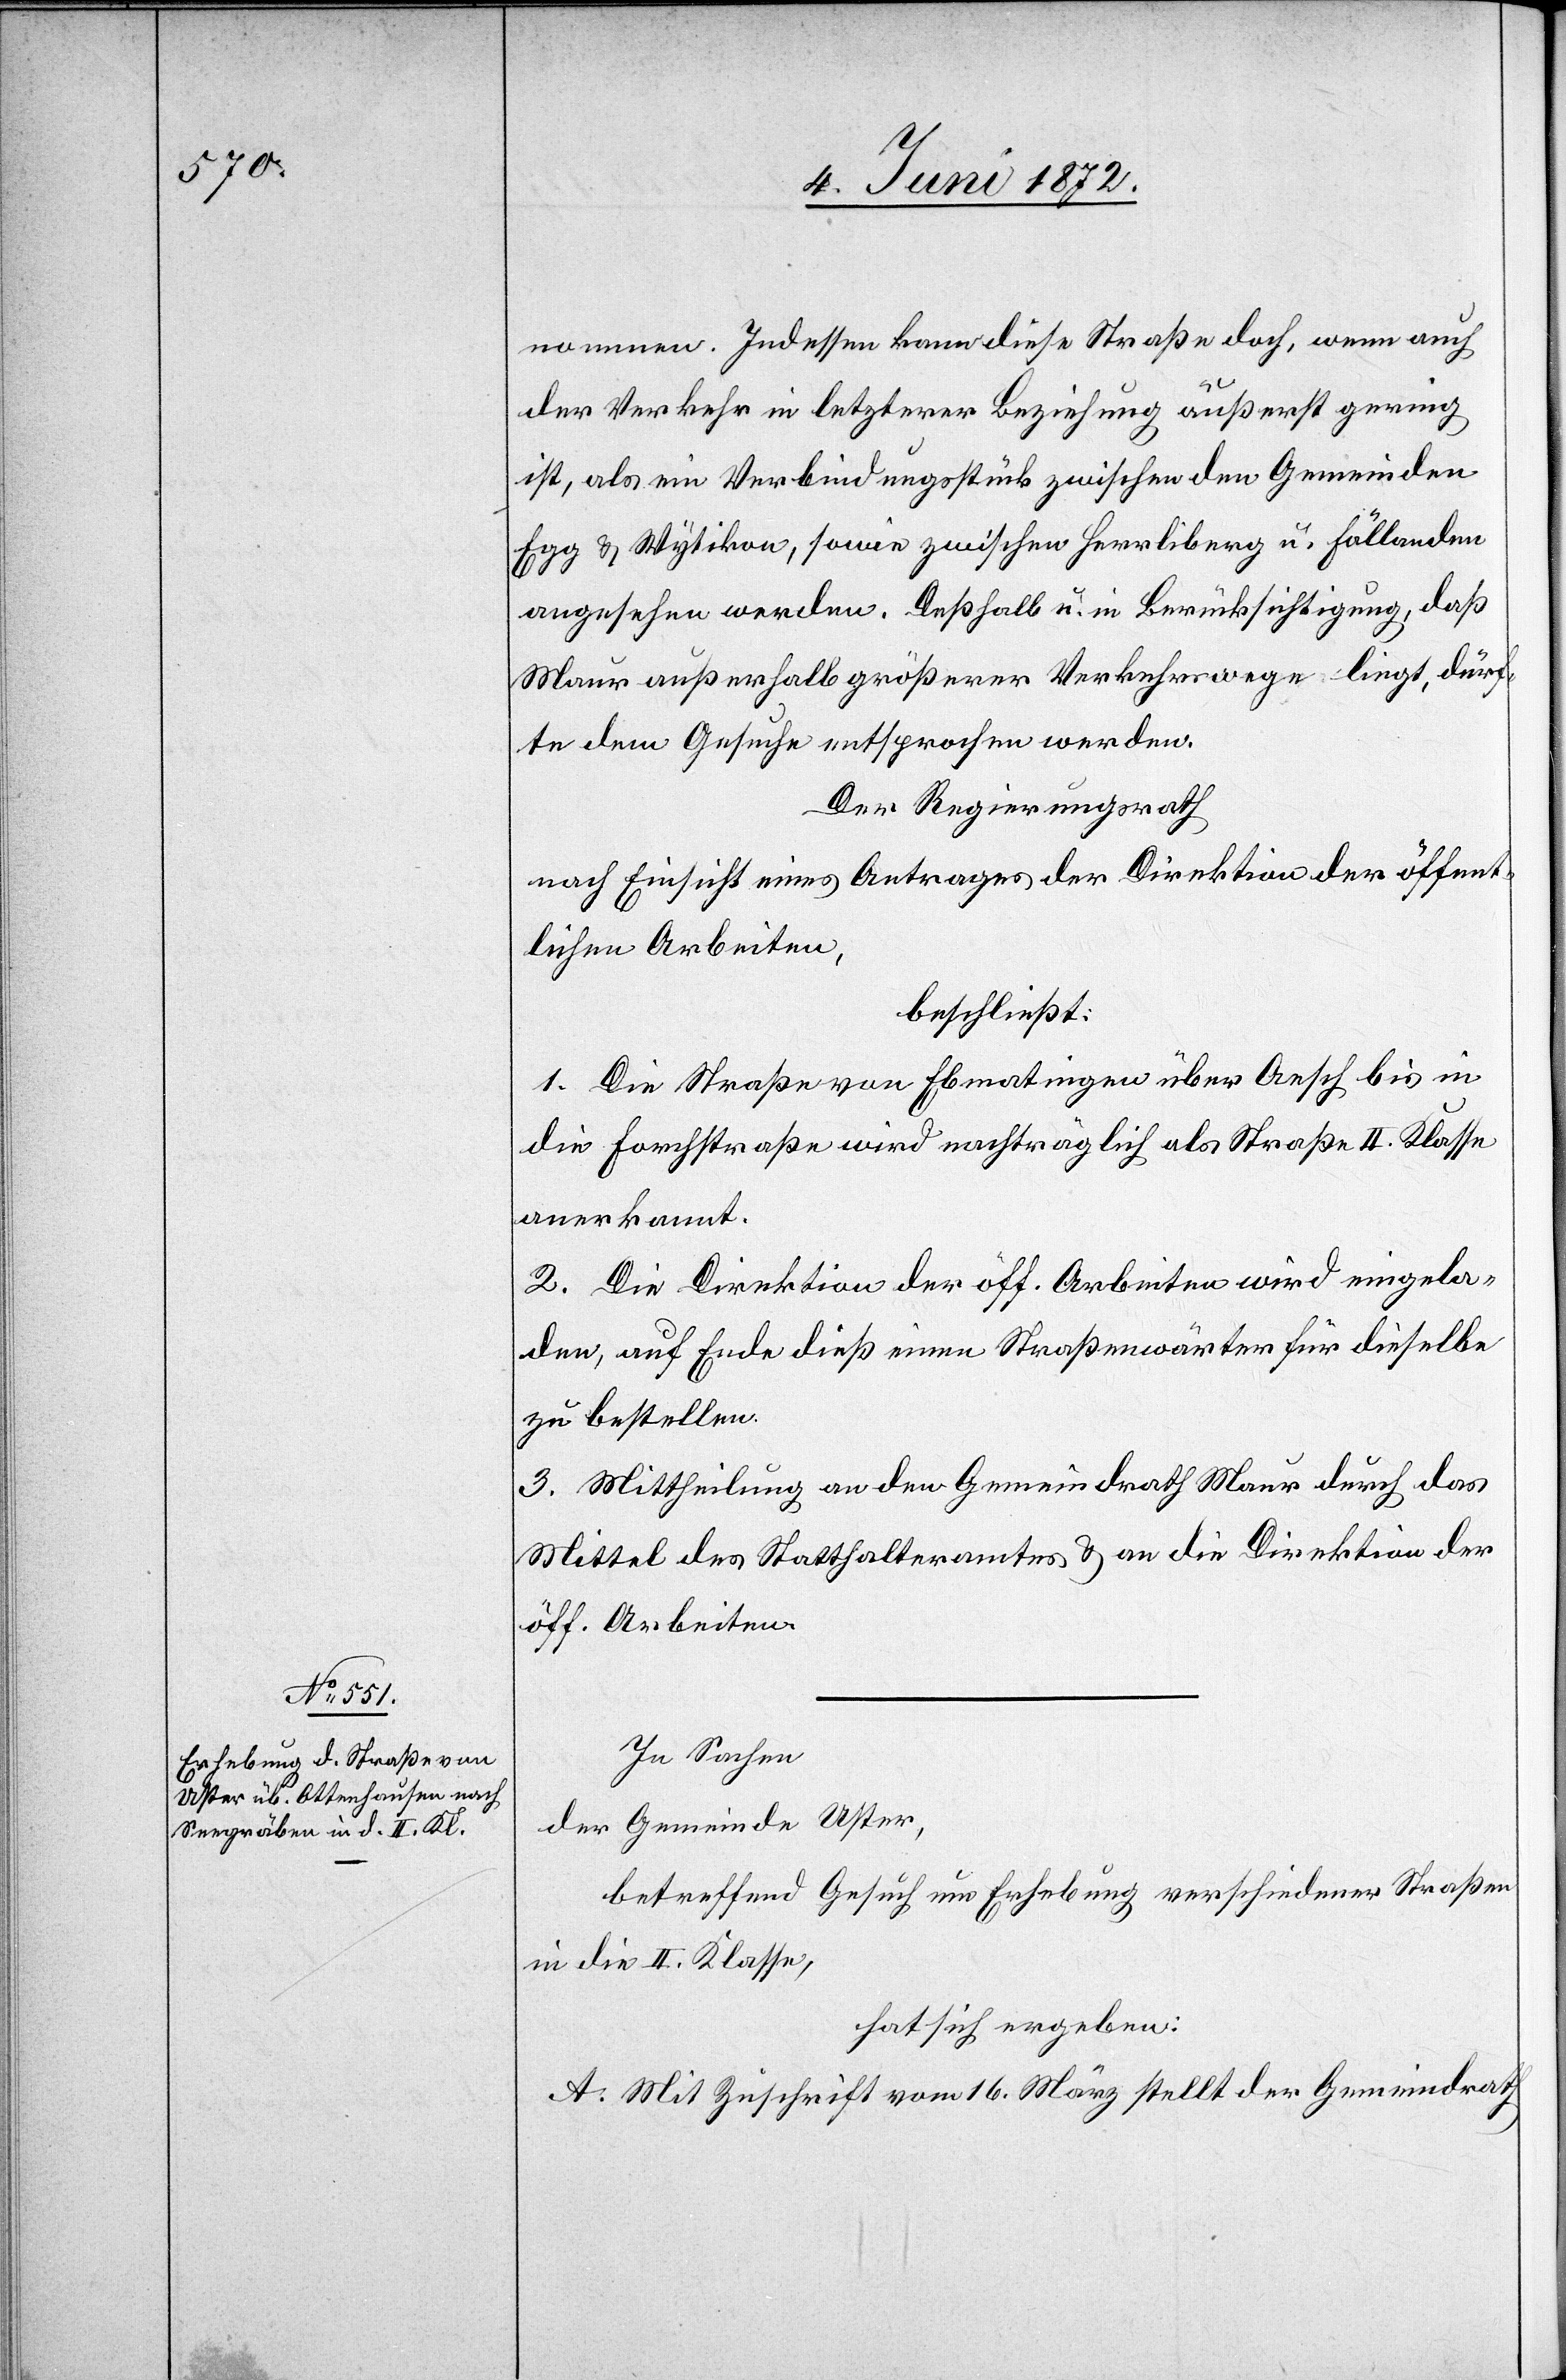
In Sachen
der Gemeinde Uster,
betreffend Gesuch um Erhebung verschiedener Straßen
in die II. Klasse,
hat sich ergeben:
A. Mit Zuschrift vom 16. März stellt der Gemeindrath